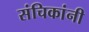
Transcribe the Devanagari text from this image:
संचिकांनी